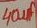
Text: 40µF